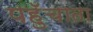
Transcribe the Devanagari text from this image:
पहुॅचाता